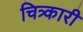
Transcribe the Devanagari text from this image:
चित्र्कारी